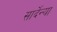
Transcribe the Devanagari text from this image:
सार्देन्या